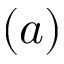
( a )